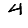
Digit: 4